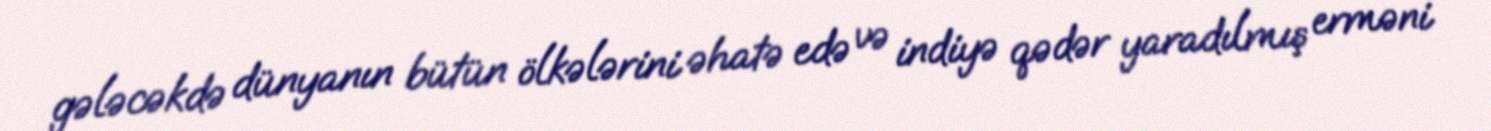
gələcəkdə dünyanın bütün ölkələrini əhatə edə və indiyə qədər yaradılmış erməni